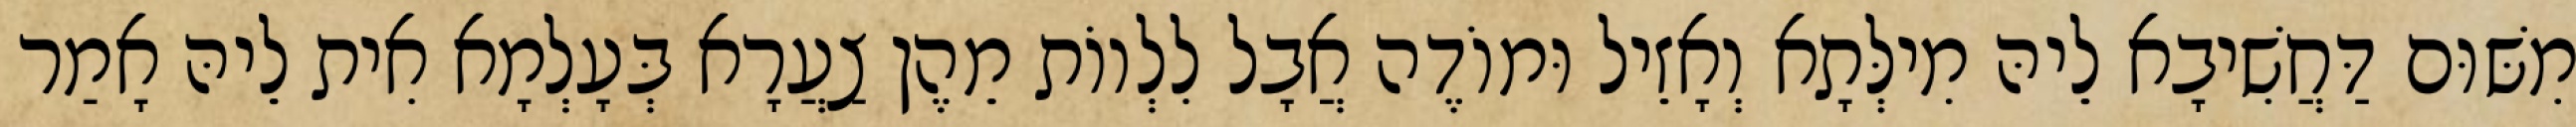
מִשּׁוּם דַּחֲשִׁיבָא לֵיהּ מִילְּתָא וְאָזֵיל וּמוֹדֶה אֲבָל לִלְווֹת מֵהֶן צַעֲרָא בְּעָלְמָא אִית לֵיהּ אָמַר